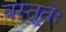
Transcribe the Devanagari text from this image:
वस्तूतः